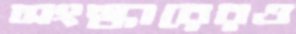
সংস্কারেরও